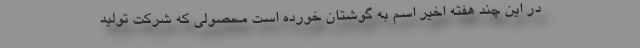
در این چند هفته اخیر اسم به گوشتان خورده است محصولی که شرکت تولید